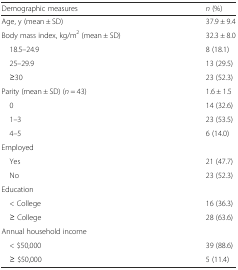
| Demographic measures | n (%) |
 | --- | --- |
 | Age, y (mean ± SD) | 37.9 ± 9.4 |
 | Body mass index, kg/m2 (mean ± SD) | 32.3 ± 8.0 |
 | 18.5–24.9 | 8 (18.1) |
 | 25–29.9 | 13 (29.5) |
 | ≥30 | 23 (52.3) |
 | Parity (mean ± SD) (n = 43) | 1.6 ± 1.5 |
 | 0 | 14 (32.6) |
 | 1–3 | 23 (53.5) |
 | 4–5 | 6 (14.0) |
 | Employed |  |
 | Yes | 21 (47.7) |
 | No | 23 (52.3) |
 | Education |  |
 | < College | 16 (36.3) |
 | ≥ College | 28 (63.6) |
 | Annual household income |  |
 | < $50,000 | 39 (88.6) |
 | ≥ $50,000 | 5 (11.4) |